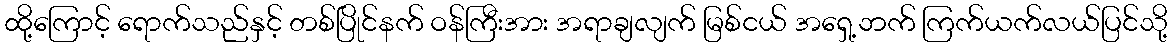
ထို့ကြောင့် ရောက်သည်နှင့် တစ်ပြိုင်နက် ဝန်ကြီးအား အရာချလျက် မြစ်ငယ် အရှေ့ဘက် ကြက်ယက်လယ်ပြင်သို့